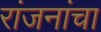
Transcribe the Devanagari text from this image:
रांजनांचा